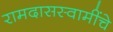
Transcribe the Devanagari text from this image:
रामदासस्वामींचे